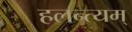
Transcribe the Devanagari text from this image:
हलन्त्यम्